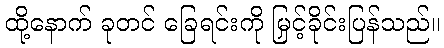
ထို့နောက် ခုတင် ခြေရင်းကို မြှင့်ခိုင်းပြန်သည်။